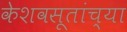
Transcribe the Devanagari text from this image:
केशवसूतांच्या